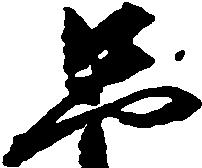
只